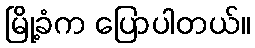
မြို့ခံက ပြောပါတယ်။